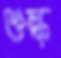
শুল্ক